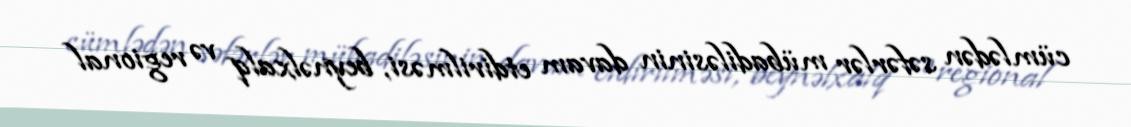
cümlədən səfərlər mübadiləsinin davam etdirilməsi, beynəlxalq və regional